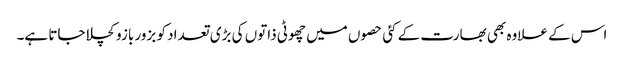
اس کے علاوہ بھی بھارت کے کئی حصوں میں چھوٹی ذاتوں کی بڑی تعداد کو بزور بازو کچلا جاتا ہے۔